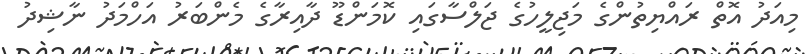
މިއަދު އޮތް ރައްޔިތުންގެ މަޖިލީހުގެ ޖަލްސާގައި ކޮމަންޑޫ ދާއިރާގެ މެންބަރު އަހްމަދު ނާޝިދު